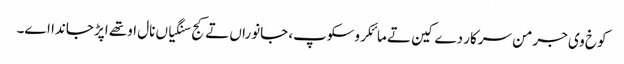
کوخ وی جرمن سرکار دے کین تے مائکروسکوپ، جانوراں تے کج سنگیاں نال اوتھے اپڑ جاندا اے۔